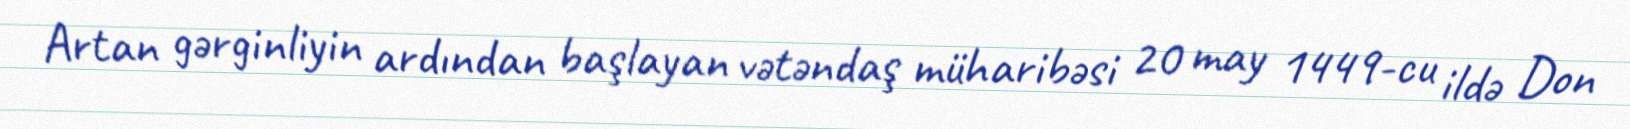
Artan gərginliyin ardından başlayan vətəndaş müharibəsi 20 may 1449-cu ildə Don